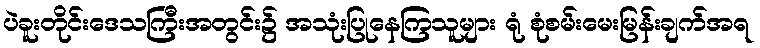
ပဲခူးတိုင်းဒေသကြီးအတွင်း၌ အသုံးပြုနေကြသူများ ရုံ စုံစမ်းမေးမြန်းချက်အရ